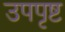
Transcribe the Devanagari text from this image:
उपपृष्ट